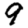
Digit: 9